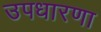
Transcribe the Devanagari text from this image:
उपधारणा